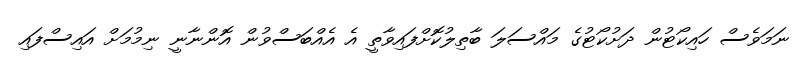
ނަމަވެސް ހައިކޯޓުން ދަށުކޯޓުގެ މައްސަލަ ބާތިލުކޮށްފައިވާތީ އެ އެއްބަސްވުން އޮންނާނީ ނިމުމަށް އައިސްފައި